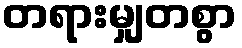
တရားမျှတစွာ